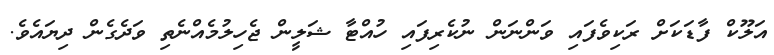
އަލޫކް ފާޑަކަށް ރަކިވެފައި ވަންނަން ނުކެރިފައި ހުއްޓާ ޝަލީން ޖެހިލުމެއްނެތި ވަދެގެން ދިޔައެވެ.